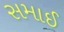
સમાઈ